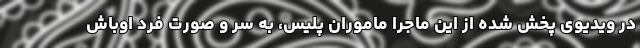
در ویدیوی پخش شده از این ماجرا ماموران پلیس، به سر و صورت فرد اوباش